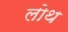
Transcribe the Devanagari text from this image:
लोथ